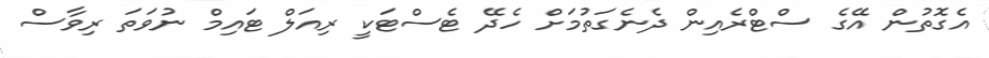
އެގޮތުން އޭގެ ސްޓްރެއިން ދެނެގަތުމަށް ހެދޭ ޓެސްޓަކީ ރިއަލް ޓައިމް ނުވަތަ ރިވާސް